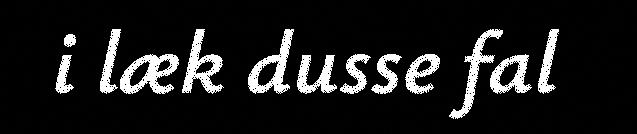
i læk dusse fal